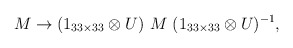
\begin{align*}M \rightarrow (1_{33 \times 33} \otimes U) \ M \ (1_{33 \times 33} \otimes U)^{-1},\end{align*}